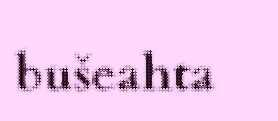
bušeahta